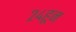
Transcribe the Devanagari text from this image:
२४हून